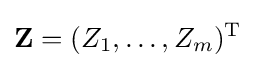
\mathbf {Z} =(Z_{1},\ldots ,Z_{m})^{\rm {T}}